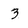
Character: 3